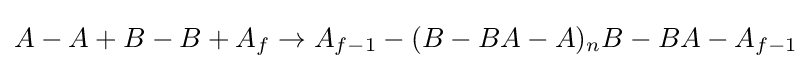
A-A+B-B+A_{f}\rightarrow A_{f-1}-(B-BA-A)_{n}B-BA-A_{f-1}